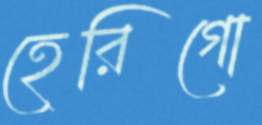
হেরিগো